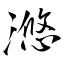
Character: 滺